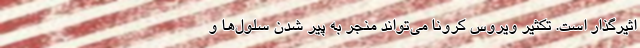
اثیرگذار است. تکثیر ویروس کرونا می‌تواند منجر به پیر شدن سلول‌ها و